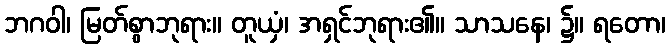
ဘဂဝါ၊ မြတ်စွာဘုရား။ တူယှံ၊ အရှင်ဘုရား၏။ သာသနေ၊ ၌။ ရတော၊